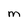
Character: M